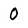
Character: 0